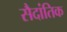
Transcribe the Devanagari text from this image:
सैदांतिक